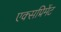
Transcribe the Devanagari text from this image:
एक्सप्रिमेंट